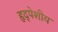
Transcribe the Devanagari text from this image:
हृद्पेशीय